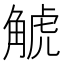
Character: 𧣾